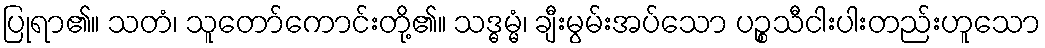
ပြုရာ၏။ သတံ၊ သူတော်ကောင်းတို့၏။ သဒ္ဓမ္မံ၊ ချီးမွမ်းအပ်သော ပဉ္စသီငါးပါးတည်းဟူသော